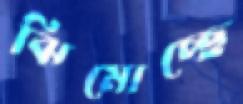
ঝিমোচ্ছে